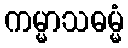
ကမ္မာသဓမ္မံ